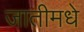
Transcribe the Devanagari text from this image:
जातीमधे